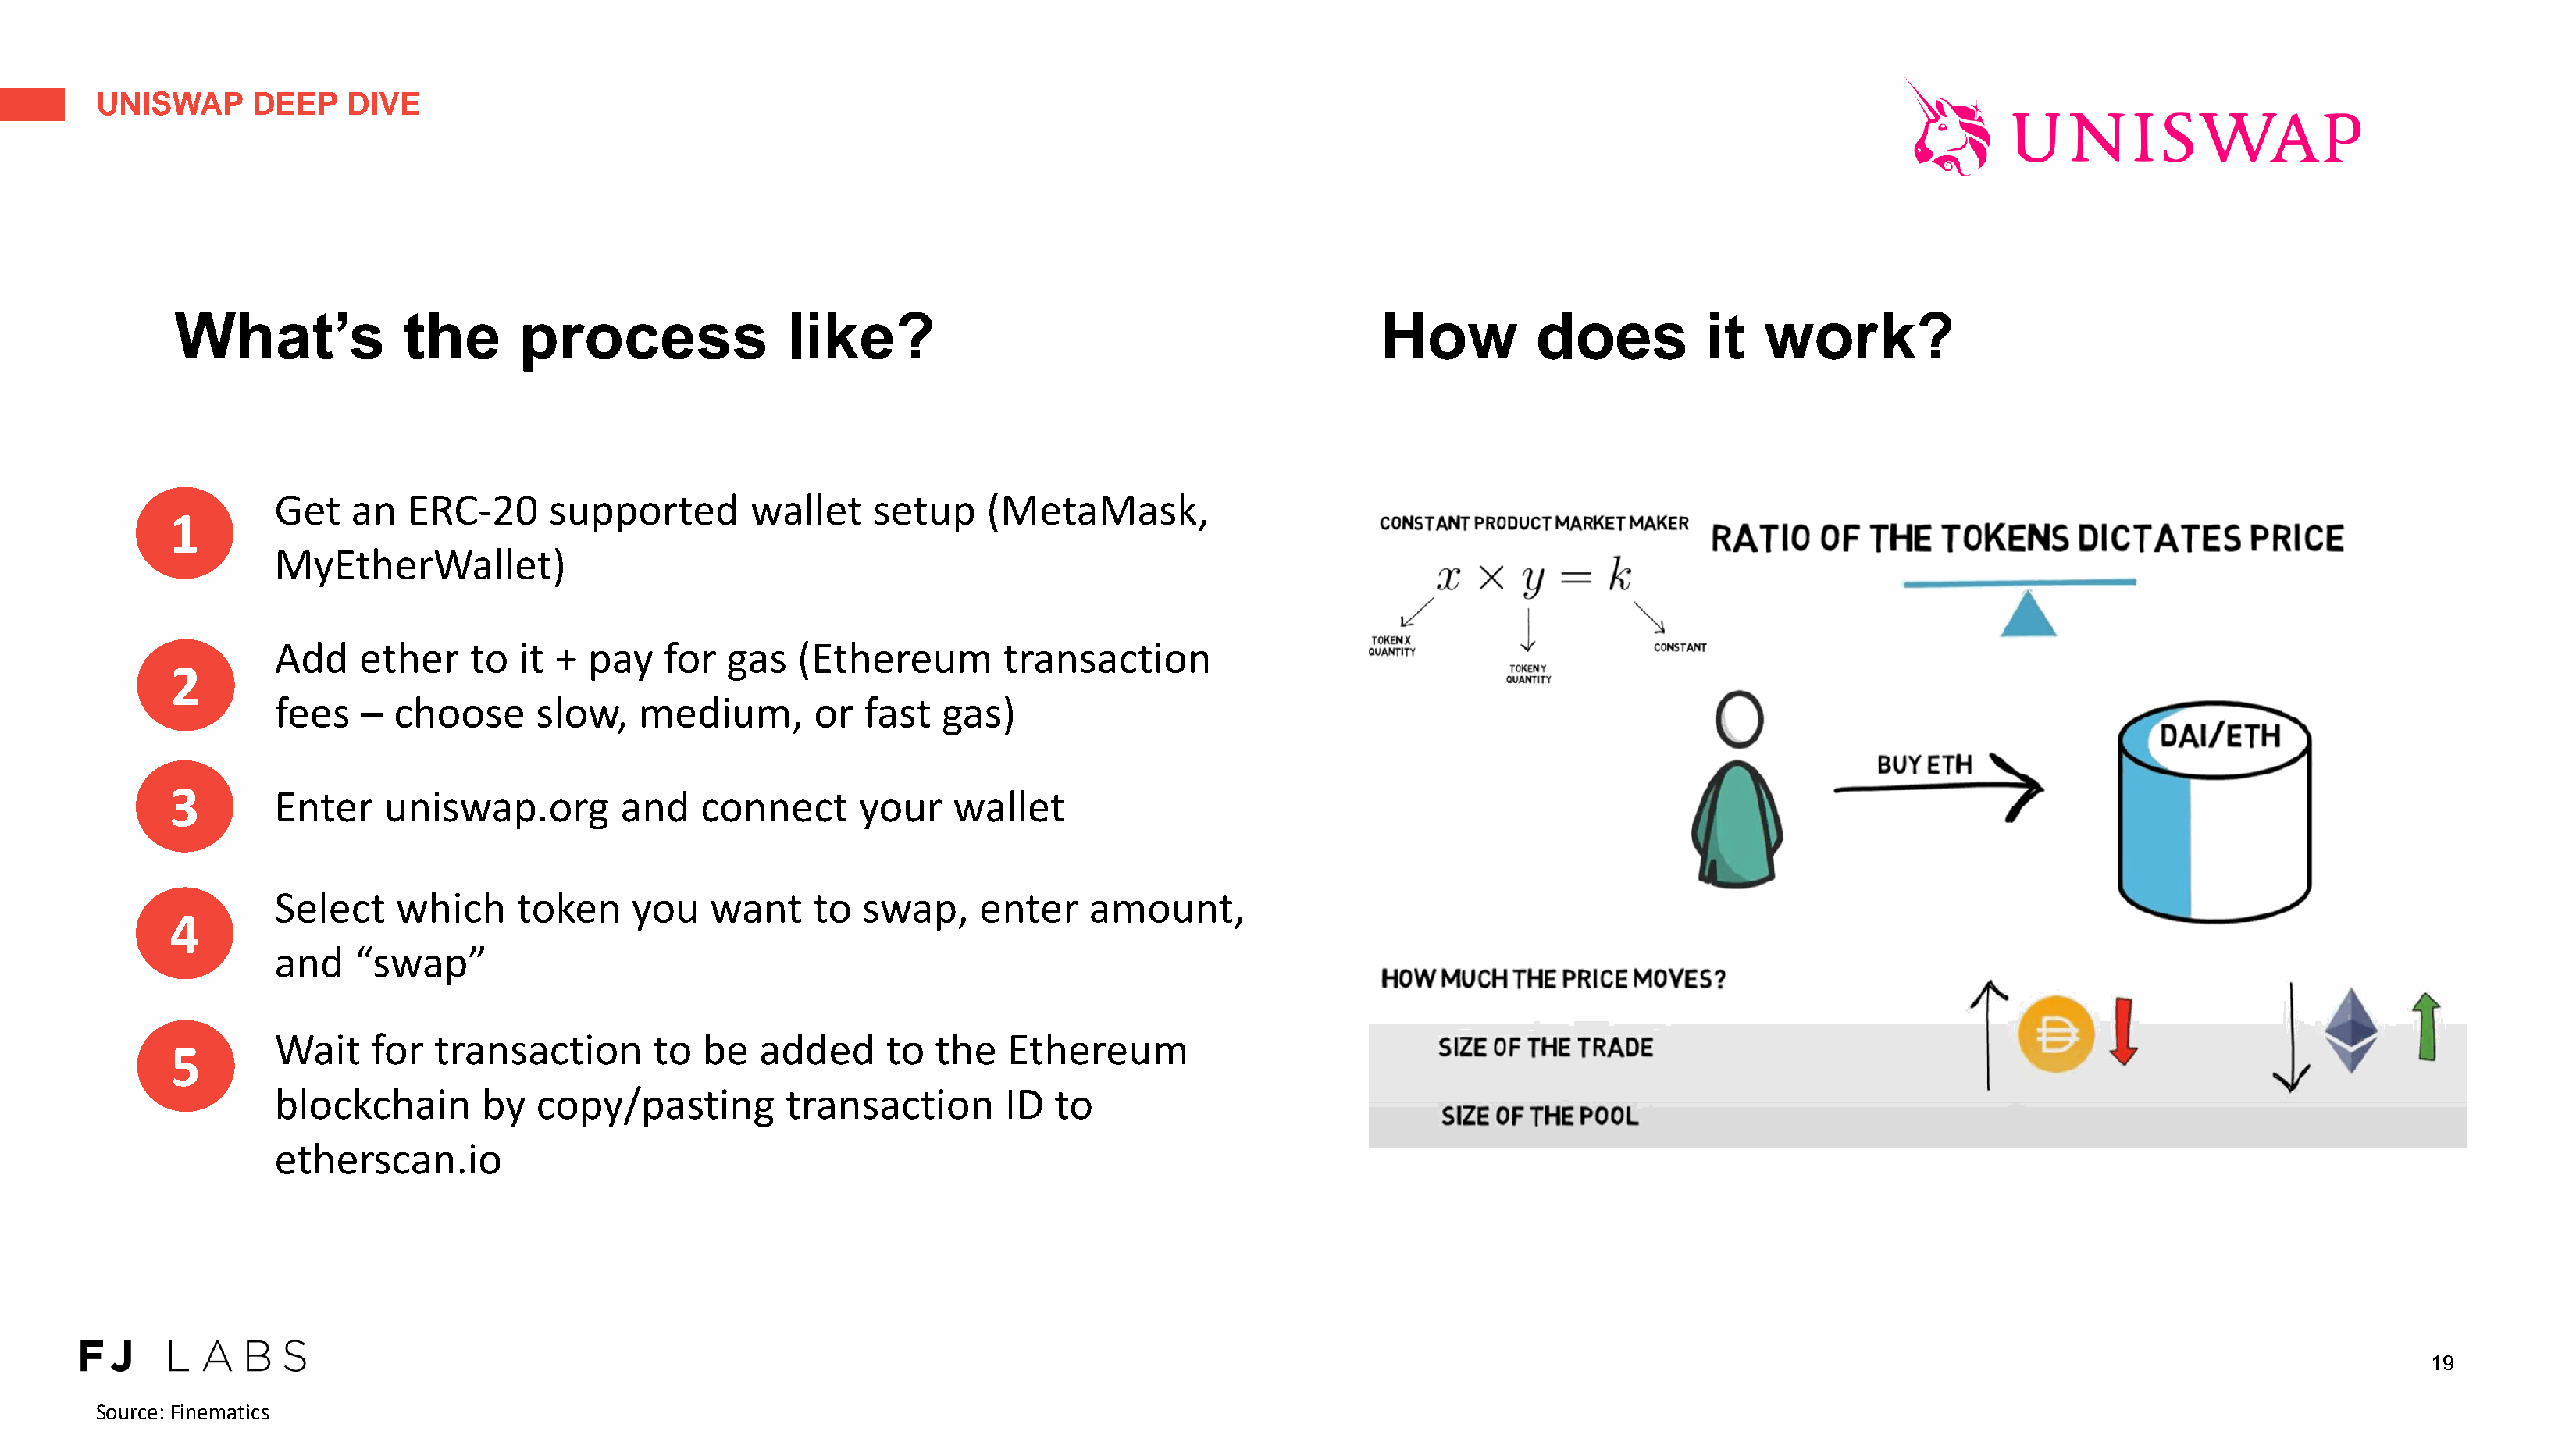
UNISWAP      DEEP    DIVE
 What’s             the       process                like?                                             How          does           it   work?
 Get    an   ERC-20      supported        wallet    setup     (MetaMask,
 1
 MyEtherWallet)
 Add    ether     to  it +  pay   for   gas   (Ethereum        transaction
 2
 fees    – choose      slow,    medium,        or  fast   gas)
 3
 Enter     uniswap.org         and   connect       your    wallet
 Select     which     token     you   want     to  swap,     enter    amount,
 4
 and    “swap”
 Wait    for   transaction       to   be  added      to  the   Ethereum
 5
 blockchain        by  copy/pasting          transaction       ID  to
 etherscan.io
 19
 Source: Finematics